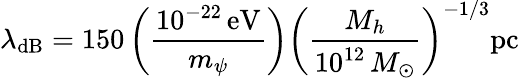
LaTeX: \lambda_{\mathrm{dB}}=150\left(\frac{10^{-22}\mathrm{\, eV}}{m_{\psi}}\right)\left(\frac{M_{h}}{10^{12}\, M_{\odot}}\right)^{-1/3}\mathrm{pc}